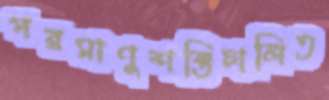
পরমাণুশক্তিচালিত